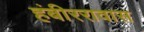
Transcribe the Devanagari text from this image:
हंबीररावास